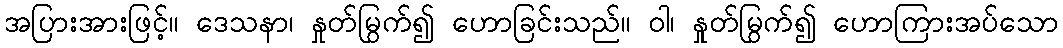
အပြားအားဖြင့်။ ဒေသနာ၊ နှုတ်မြွက်၍ ဟောခြင်းသည်။ ဝါ၊ နှုတ်မြွက်၍ ဟောကြားအပ်သော